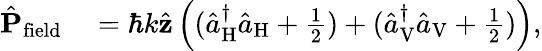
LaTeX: \begin{array}{rl}{\hat{\mathbf P}_{\mathrm{field}}}&{{}=\hbar k\hat{\mathbf z}\left((\hat{a}_{\mathrm{H}}^{\dagger}\hat{a}_{\mathrm{H}}+\frac{1}{2})+(\hat{a}_{\mathrm{V}}^{\dagger}\hat{a}_{\mathrm{V}}+\frac{1}{2})\right),}\end{array}